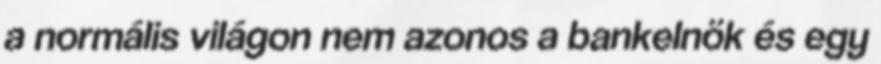
a normális világon nem azonos a bankelnök és egy